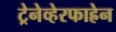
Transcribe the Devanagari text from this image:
ट्रेनेव्हेरफाह्रेन